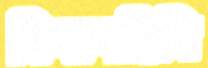
কিরণদিঘি